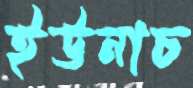
ইউনাচ